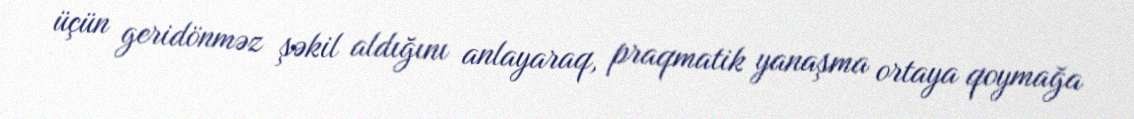
üçün geridönməz şəkil aldığını anlayaraq, praqmatik yanaşma ortaya qoymağa